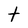
Character: t